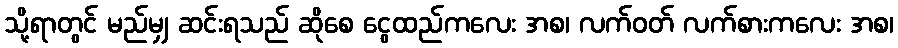
သို့ရာတွင် မည်မျှ ဆင်းရသည် ဆိုစေ ငွေထည်ကလေး အစ၊ လက်ဝတ် လက်စားကလေး အစ၊